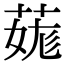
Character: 𦳨